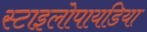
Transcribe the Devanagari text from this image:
स्टाइलोपायडिया